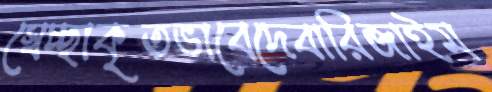
স্বেচ্ছাকৃতভাবেদেবারিজাইম